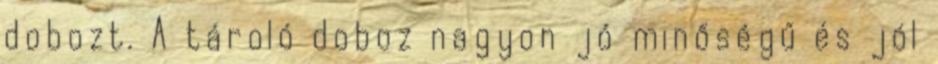
dobozt. A tároló doboz nagyon jó minőségű és jól